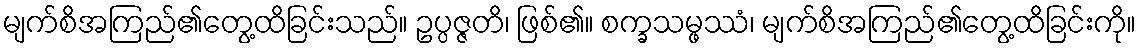
မျက်စိအကြည်၏တွေ့ထိခြင်းသည်။ ဥပ္ပဇ္ဇတိ၊ ဖြစ်၏။ စက္ခသမ္ဖဿံ၊ မျက်စိအကြည်၏တွေ့ထိခြင်းကို။